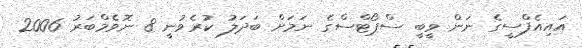
އައިއެފްސީގެ ނަން ވީބީ ސްޕޯޓްސްގެ ނަމަށް ބަދަލު ކުރެވުނީ 8 ނޮވެމްބަރު 2006